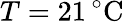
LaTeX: T=21\, ^{\circ}\mathrm{C}